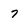
Character: 7